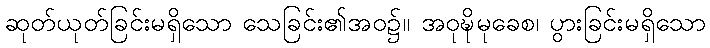
ဆုတ်ယုတ်ခြင်းမရှိသော သေခြင်း၏အဝ၌။ အဝုဍ္ဎိမုခေစ၊ ပွားခြင်းမရှိသော